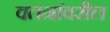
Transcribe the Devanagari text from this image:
वतनांवरील